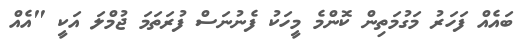
ބައެއް ފަހަރު މަގުމަތިން ކޮންމެ މީހަކު ފެނުނަސް ފުރަތަމަ ޖުމްލަ އަކީ "އެއް